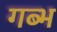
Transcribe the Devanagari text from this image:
गब्भ